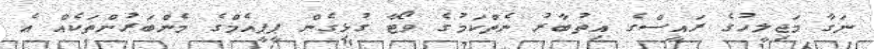
ނަގާ މަޖިލީހުގެ ރައީސްގެ އިތުބާރު ނެތްކަމުގެ ވޯޓާ ގުޅިގެން ޕީޕީއެމްގެ މެންބަރުންތަކެއް އެ